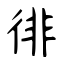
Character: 徘